Scottish Leaving Certificate Examination, 1956
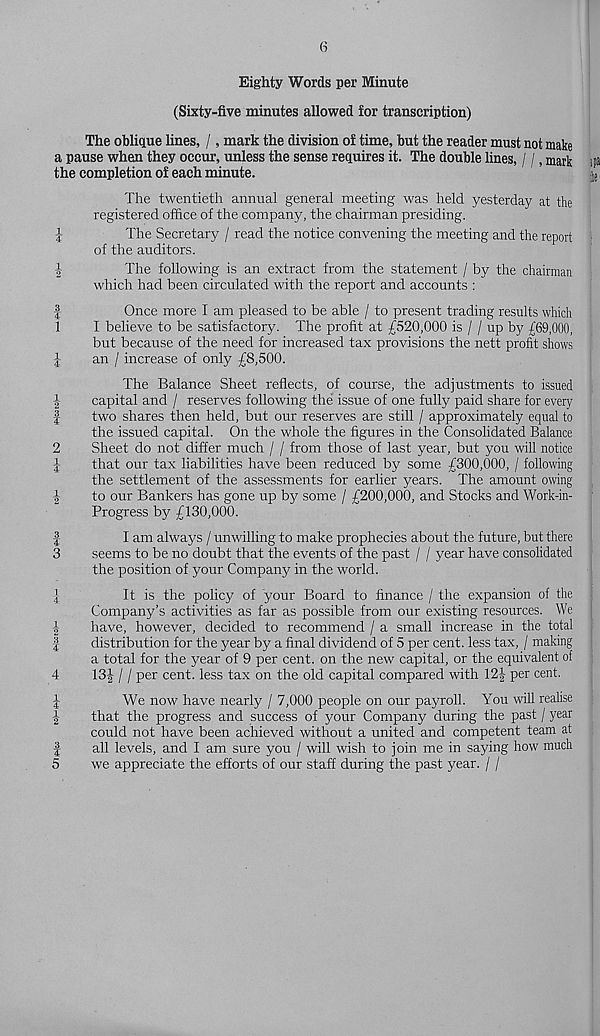
Ol(H«
4-^ iHccco|m
, COtMw
^|m tO
►Hco top
h-uHco
mIm
6
Eighty Words per Minute
(Sixty-five minutes allowed for transcription)
The oblique lines, /, mark the division of time, but the reader must not make
a pause when they occur, unless the sense requires it. The double lines, / /, mark ipa
the completion of each minute.
[ e
The twentieth annual general meeting was held yesterday at the
registered office of the company, the chairman presiding.
The Secretary / read the notice convening the meeting and the report
of the auditors.
The following is an extract from the statement / by the chairman
which had been circulated with the report and accounts :
Once more I am pleased to be able / to present trading results which
I believe to be satisfactory. The profit at £520,000 is / / up by £69,000,
but because of the need for increased tax provisions the nett profit shows
an / increase of only £8,500.
The Balance Sheet reflects, of course, the adjustments to issued
capital and / reserves following the issue of one fully paid share for every
two shares then held, but our reserves are still / approximately equal to
the issued capital. On the whole the figures in the Consolidated Balance
Sheet do not differ much / / from those of last year, but you will notice
that our tax liabilities have been reduced by some £300,000, / following
the settlement of the assessments for earlier years. The amount owing
to our Bankers has gone up by some / £200,000, and Stocks and Work-in-
Progress by £130,000.
I am always / unwilling to make prophecies about the future, but there
seems to be no doubt that the events of the past / / year have consolidated
the position of your Company in the world.
It is the policy of your Board to finance / the expansion of the
Company’s activities as far as possible from our existing resources. We
have, however, decided to recommend / a small increase in the total
distribution for the year by a final dividend of 5 per cent, less tax, / making
a total for the year of 9 per cent, on the new capital, or the equivalent of
13J / / per cent, less tax on the old capital compared with 12| per cent.
We now have nearly / 7,000 people on our payroll. You will realise
that the progress and success of your Company during the past / year
could not have been achieved without a united and competent team at
all levels, and I am sure you / will wish to join me in saying how much
we appreciate the efforts of our staff during the past year. / /